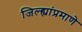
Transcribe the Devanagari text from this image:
जिल्ह्यांप्रमाणे